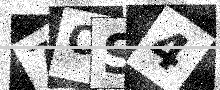
Text: 7OS4